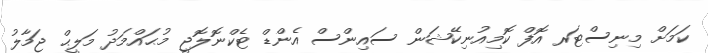
ކަމަށް މިނިސްޓަރ އޮފް ކޮމިއުނިކޭޝަން ސައިންސް އެންޑް ޓެކްނޮލޮޖީ މުޙައްމަދު މަލީޙް ޖަމާލު